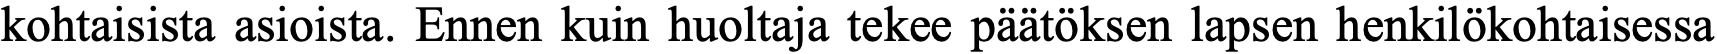
kohtaisista asioista. Ennen kuin huoltaja tekee päätöksen lapsen henkilökohtaisessa